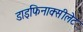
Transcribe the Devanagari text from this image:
डाइफिनाक्सीलेट